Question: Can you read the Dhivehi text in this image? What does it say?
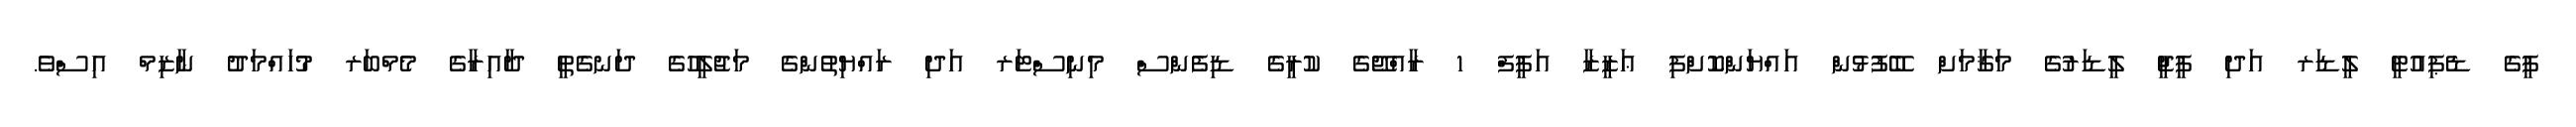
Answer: ޕީގެ ޑެޕިއުޓީ ލީޑަރ އަދި ޕީޖީ ލީޑަރުގެ މަޤާމަށް ބޭފުޅުން އައްޔަންކޮށްފި ޢަޒީޒާ އަފީފް 1 ރާއްޖޭގެ ކުރީގެ ޑިފެންސް މިނިސްޓަރ އަދި ރައްޔިތުންގެ މަޖުލީހުގެ ދަނގެތީ ދާއިރާގެ މެމްބަރ މުހައްމަދު ނާޒިމް އިސްވެ.